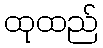
ထုထည်